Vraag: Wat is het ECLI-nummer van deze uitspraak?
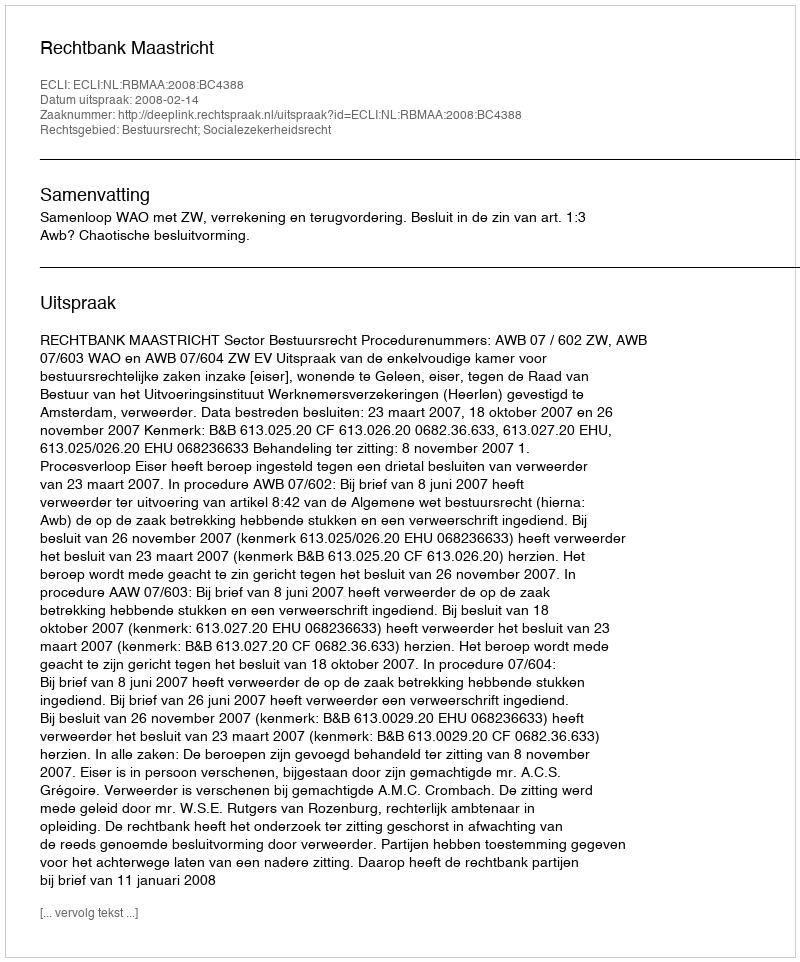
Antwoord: ECLI:NL:RBMAA:2008:BC4388